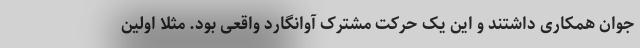
جوان همکاری داشتند و این یک حرکت مشترک آوانگارد واقعی بود. مثلا اولین